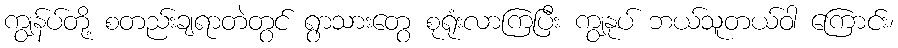
ကျွန်ပ်တို့ စတည်းချရာတဲတွင် ရွာသားတွေ စုရုံးလာကြပြီး ကျွနုပ် ဘယ်သူတယ်ဝါ ကြောင်း၊